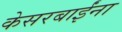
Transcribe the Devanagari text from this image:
केसरबाईंना